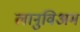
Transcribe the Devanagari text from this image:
लानुविअम